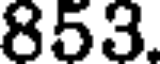
853.